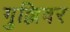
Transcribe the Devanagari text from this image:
गुल्लिवर